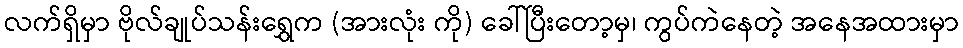
လက်ရှိမှာ ဗိုလ်ချုပ်သန်းရွှေက (အားလုံး ကို) ခေါ်ပြီးတော့မှ၊ ကွပ်ကဲနေတဲ့ အနေအထားမှာ